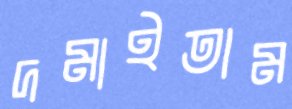
দমাইতাম